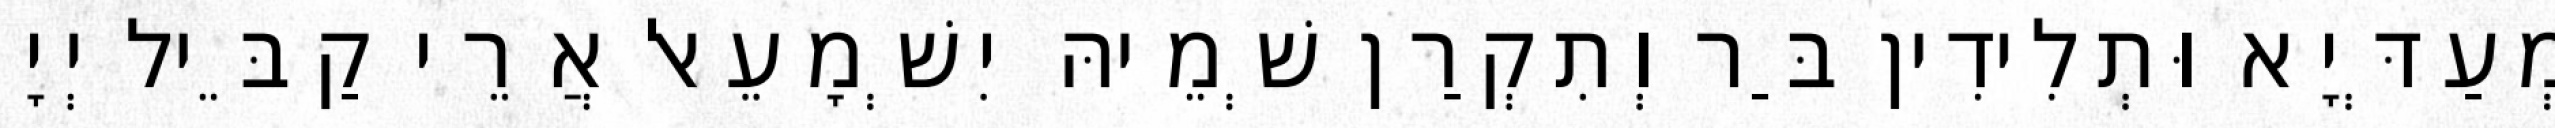
מְעַדְּיָא וּתְלִידִין בַּר וְתִקְרַן שְׁמֵיהּ יִשְׁמָעֵאל אֲרֵי קַבֵּיל יְיָ